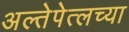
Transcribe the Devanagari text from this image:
अल्तेपेत्लच्या